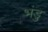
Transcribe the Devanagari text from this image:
भंडु